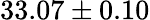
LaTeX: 33.07\pm 0.10